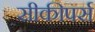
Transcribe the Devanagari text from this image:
सीकीपर्स